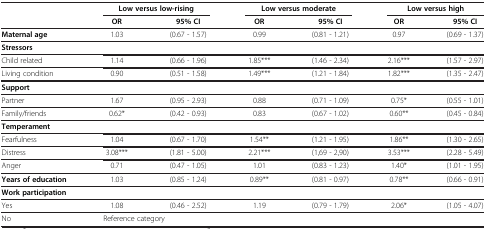
<table><thead><tr><td rowspan="2"><b> </b></td><td colspan="2"><b>Low versus low-rising</b></td><td colspan="2"><b>Low versus moderate</b></td><td colspan="2"><b>Low versus high</b></td></tr><tr><td><b>OR</b></td><td><b>95% CI</b></td><td><b>OR</b></td><td><b>95% CI</b></td><td><b>OR</b></td><td><b>95% CI</b></td></tr></thead><tbody><tr><td><b>Maternal age</b></td><td>1.03</td><td>(0.67 - 1.57)</td><td>0.99</td><td>(0.81 - 1.21)</td><td>0.97</td><td>(0.69 - 1.37)</td></tr><tr><td><b>Stressors</b></td><td> </td><td> </td><td> </td><td> </td><td> </td><td> </td></tr><tr><td>Child related</td><td>1.14</td><td>(0.66 - 1.96)</td><td>1.85***</td><td>(1.46 - 2.34)</td><td>2.16***</td><td>(1.57 - 2.97)</td></tr><tr><td>Living condition</td><td>0.90</td><td>(0.51 - 1.58)</td><td>1.49***</td><td>(1.21 - 1.84)</td><td>1.82***</td><td>(1.35 - 2.47)</td></tr><tr><td><b>Support</b></td><td> </td><td> </td><td> </td><td> </td><td> </td><td> </td></tr><tr><td>Partner</td><td>1.67</td><td>(0.95 - 2.93)</td><td>0.88</td><td>(0.71 - 1.09)</td><td>0.75*</td><td>(0.55 - 1.01)</td></tr><tr><td>Family/friends</td><td>0.62*</td><td>(0.42 - 0.93)</td><td>0.83</td><td>(0.67 - 1.02)</td><td>0.60**</td><td>(0.45 - 0.84)</td></tr><tr><td><b>Temperament</b></td><td> </td><td> </td><td> </td><td> </td><td> </td><td> </td></tr><tr><td>Fearfulness</td><td>1.04</td><td>(0.67 - 1.70)</td><td>1.54**</td><td>(1.21 - 1.95)</td><td>1.86**</td><td>(1.30 - 2.65)</td></tr><tr><td>Distress</td><td>3.08***</td><td>(1.81 - 5.00)</td><td>2.21***</td><td>(1,69 - 2,90)</td><td>3.53***</td><td>(2.28 - 5.49)</td></tr><tr><td>Anger</td><td>0.71</td><td>(0.47 - 1.05)</td><td>1.01</td><td>(0.83 - 1.23)</td><td>1.40*</td><td>(1.01 - 1.95)</td></tr><tr><td><b>Years of education</b></td><td>1.03</td><td>(0.85 - 1.24)</td><td>0.89**</td><td>(0.81 - 0.97)</td><td>0.78**</td><td>(0.66 - 0.91)</td></tr><tr><td><b>Work participation</b></td><td> </td><td> </td><td> </td><td> </td><td> </td><td> </td></tr><tr><td>Yes</td><td>1.08</td><td>(0.46 - 2.52)</td><td>1.19</td><td>(0.79 - 1.79)</td><td>2.06*</td><td>(1.05 - 4.07)</td></tr><tr><td>No</td><td>Reference category</td><td> </td><td> </td><td> </td><td> </td><td> </td></tr></tbody></table>